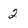
Character: 2